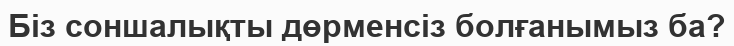
Біз соншалықты дөрменсіз болғанымыз ба?